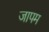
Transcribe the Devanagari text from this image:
जापम